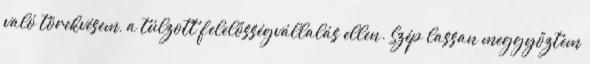
való törekvésem, a túlzott felelősségvállalás ellen. Szép lassan meggyőztem